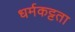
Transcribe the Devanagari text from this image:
धर्मकट्टता